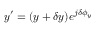
y ^ { \prime } = ( y + \delta y ) e ^ { j \delta \phi _ { y } }